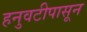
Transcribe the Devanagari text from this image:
हनुवटीपासून